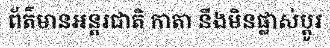
ព័ត៌មានអន្តរជាតិ កាតា នឹងមិនផ្លាស់ប្តូរ